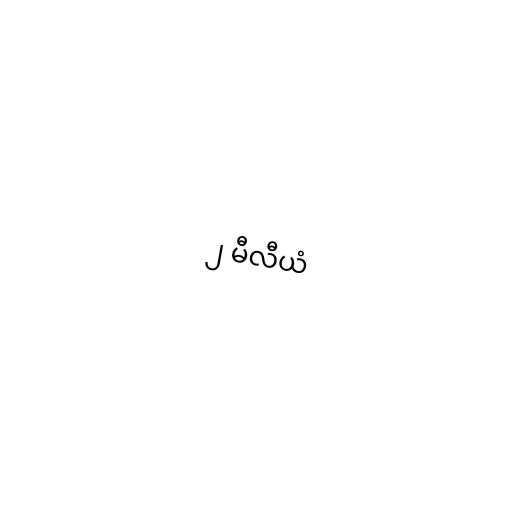
၂ မီလီယံ